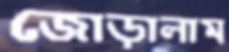
জোড়ালাম